Standardisation of Calmette's anti-venomous serum with pure cobra venom - Number 1
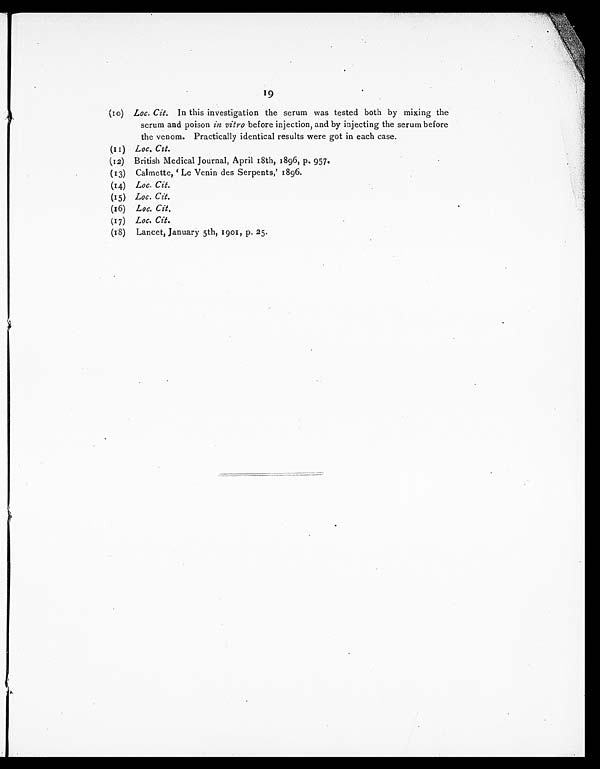
19
(10) Loc. Cit. In this investigation the serum was tested both by mixing the
serum and poison in vitro before injection, and by injecting the serum before
the venom. Practically identical results were got in each case.
(11) Loc. Cit.
(12) British Medical Journal, April 18th, 1896, p. 957.
(13) Calmette, 'Le Venin des Serpents,' 1896.
(14) Loc. Cit.
(15) Loc. Cit.
(16)
Loc. Cit
.
(17) Loc. Cit
.
(18) Lancet, January 5th, 1901, p. 25.